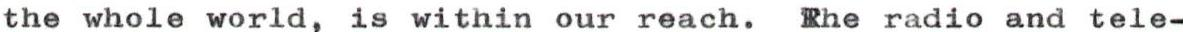
the whole world, is within our reach. The radio and tele-